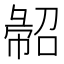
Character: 𢑦